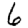
Digit: 6